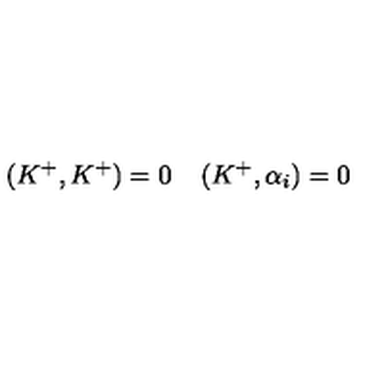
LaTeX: ( K ^ { + } , K ^ { + } ) = 0 \: \: \: \: \: ( K ^ { + } , \alpha _ { i } ) = 0